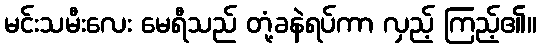
မင်းသမီးလေး မေရီသည် တုံ့ခနဲရပ်ကာ လှည့် ကြည့်၏။